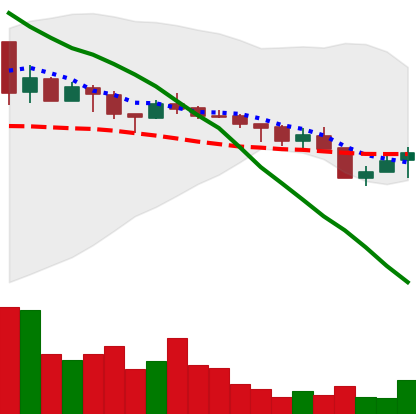
Ticker: XMR-USD
Chart end date: 2018-05-14
Forward return: -8.123%
Label: down_7plus